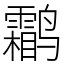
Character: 鹴